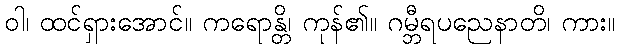
ဝါ၊ ထင်ရှားအောင်။ ကရောန္တိ၊ ကုန်၏။ ဂမ္ဘီရပညေနာတိ၊ ကား။